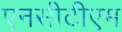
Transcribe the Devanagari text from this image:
एनसीटीएम